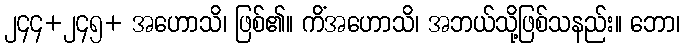
၂၄၄+၂၄၅+ အဟောသိ၊ ဖြစ်၏။ ကိံအဟောသိ၊ အဘယ်သို့ဖြစ်သနည်း။ ဘော၊